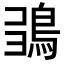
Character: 𩿮